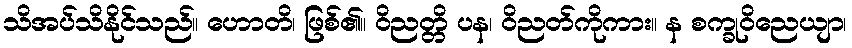
သိအပ်သိနိုင်သည်။ ဟောတိ၊ ဖြစ်၏။ ဝိညတ္တိ ပန၊ ဝိညတ်ကိုကား။ န စက္ခုဝိညေယျာ၊